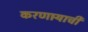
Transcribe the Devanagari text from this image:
करणार्‍याची